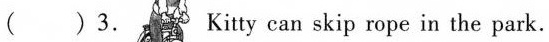
( )3. Kitty can skip rope in the park.